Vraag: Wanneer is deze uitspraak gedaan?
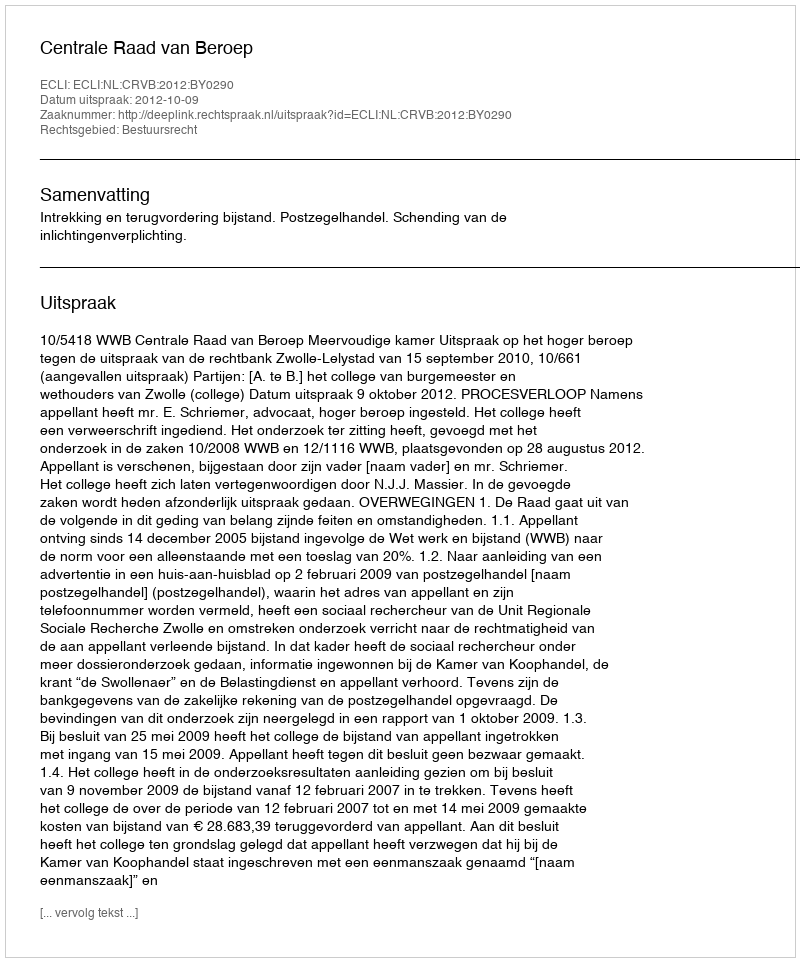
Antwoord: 2012-10-09